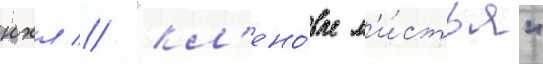
нхл // "кл'ено́вые л'и́стья"